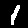
Digit: 1